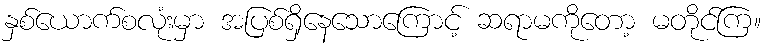
နှစ်ယောက်စလုံးမှာ အပြစ်ရှိနေသောကြောင့် ဆရာမကိုတော့ မတိုင်ကြ။